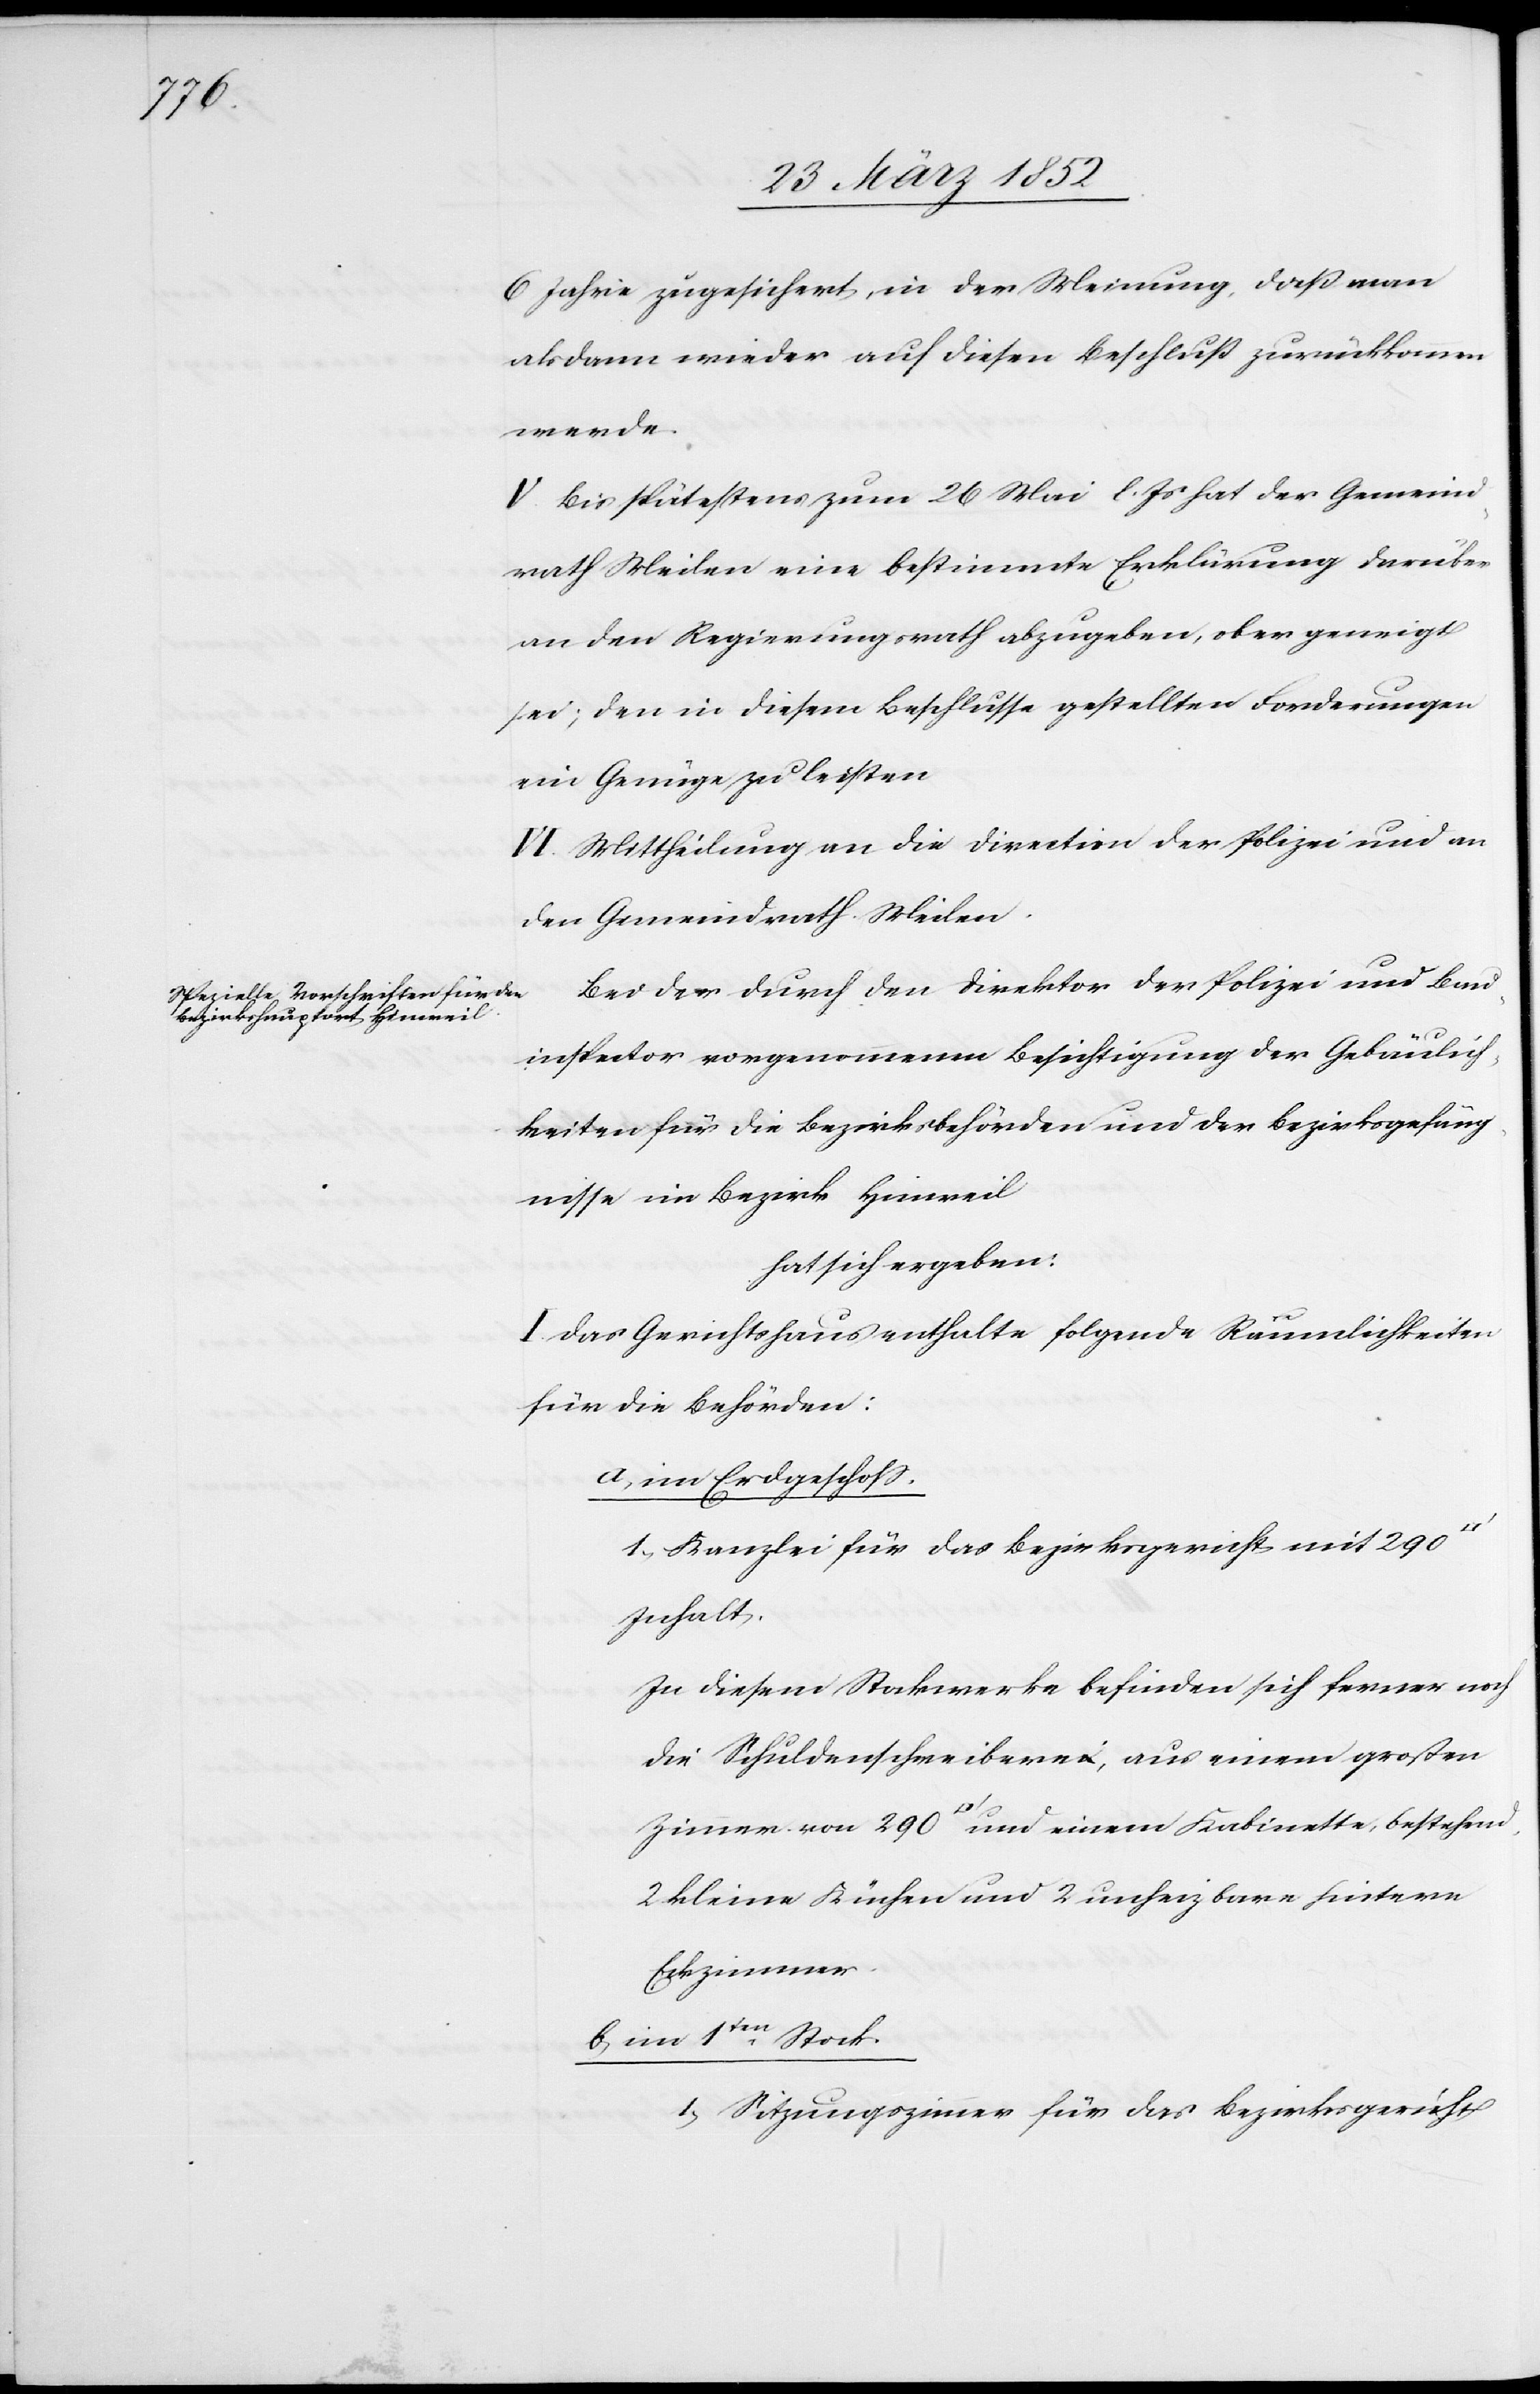
6 Jahre zugesichert, in der Meinung, daß man
alsdann wieder auf diesen Beschluß zurückkommen
werde.
V. Bis spätestens zum 26 Mai l. Js hat der Gemeind¬
rath Meilen eine bestimmte Erklärung darüber
an den Regierungsrath abzugeben, ob er geneigt
sei; den in diesem Beschlusse gestellten Forderungen
ein Genüge zu leisten.
VI. Mittheilung an die Direction der Polizei und an
den Gemeindrath Meilen.
Bei der durch den Director der Polizei und Bau¬
inspector vorgenommenen Besichtigung der Gebäulich¬
keiten für die Bezirksbehörden und der Bezirksgefäng¬
nisse im Bezirk Hinweil
hat sich ergeben:
I. Das Gerichtshaus enthalte folgende Räumlichkeiten
für die Behörden:
a) im Erdgeschoss:
1. Kanzlei für das Bezirksgericht mit 290
Inhalt.
In diesem Stockwerke befinden sich ferner noch
die Schuldenschreiberei, aus einem großen
2 kleine Küchen und 2 unheizbare hintere
Eckzimmer.
b) im 1ten Stock.
1) Sitzungszimmer für das Bezirksgericht